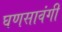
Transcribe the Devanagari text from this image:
घणसावंगी